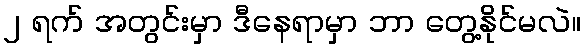
၂ ရက် အတွင်းမှာ ဒီနေရာမှာ ဘာ တွေ့နိုင်မလဲ။